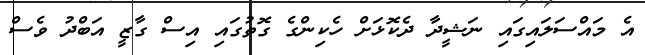
އެ މައްސަލައިގައި ނަޝީދާ ދެކޮޅަށް ހެކިންގެ ގޮތުގައި އިސް ގާޒީ އަބްދު ވެސް